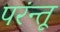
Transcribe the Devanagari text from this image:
परंन्तू